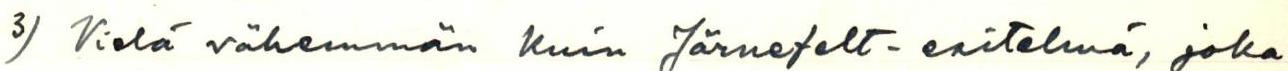
3) Vielä vähemmän Kuin Järnefelt-esitelmä, joka